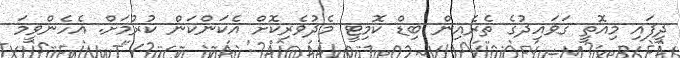
ދީފައި މިއޮތީ ގަވައިދުގެ ތެރެއިން ބިޑް ކޮމިޓީ މެދުވެރިކޮށް އެކަންކަން ކުރުމަށް. އެހެންވީމަ